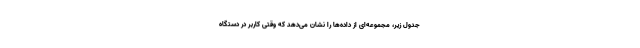
جدول زیر، مجموعه‌ای از داده‌ها را نشان می‌دهد که وقتی کاربر در دستگاه